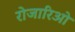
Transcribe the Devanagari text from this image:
रोजारिओ